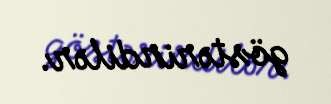
göstərirdilər.